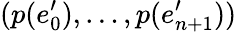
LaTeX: (p(e_{0}^{\prime}),\dots,p(e_{n+1}^{\prime}))